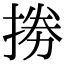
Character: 𢮙